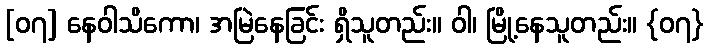
[၀၇] နေဝါသိကော၊ အမြဲနေခြင်း ရှိသူတည်း။ ဝါ၊ မြို့နေသူတည်း။ {၀၇}